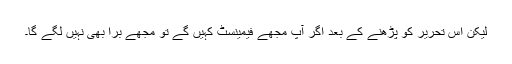
لیکن اس تحریر کو پڑھنے کے بعد اگر آپ مجھے فیمینسٹ کہیں گے تو مجھے برا بھی نہیں لگے گا۔